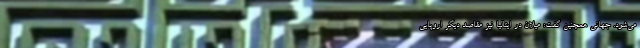
می‌شود. جهانی همچنین گفت: میلان در ایتالیا نیز مقاصد دیگر اروپایی